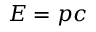
E = p c